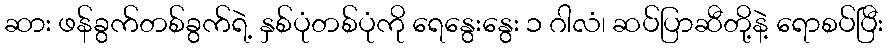
ဆား ဖန်ခွက်တစ်ခွက်ရဲ့ နှစ်ပုံတစ်ပုံကို ရေနွေးနွေး ၁ ဂါလံ၊ ဆပ်ပြာဆီတို့နဲ့ ရောစပ်ပြီး